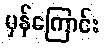
မှန်ကြောင်း